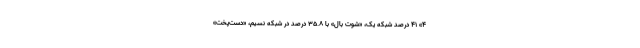
۴» ۴۱ درصد شبکه یک، «شوت بال» با ۳۵.۸ درصد در شبکه نسیم، «دست‌پخت»